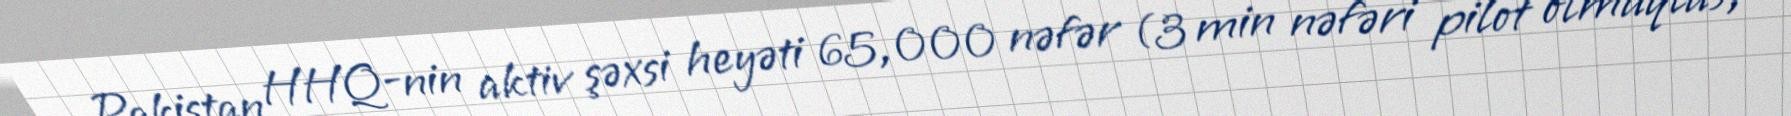
Pakistan HHQ-nin aktiv şəxsi heyəti 65,000 nəfər (3 min nəfəri pilot olmaqla),